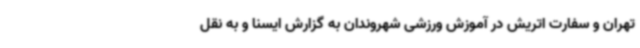
تهران و سفارت اتریش در آموزش ورزشی شهروندان به گزارش ایسنا و به نقل